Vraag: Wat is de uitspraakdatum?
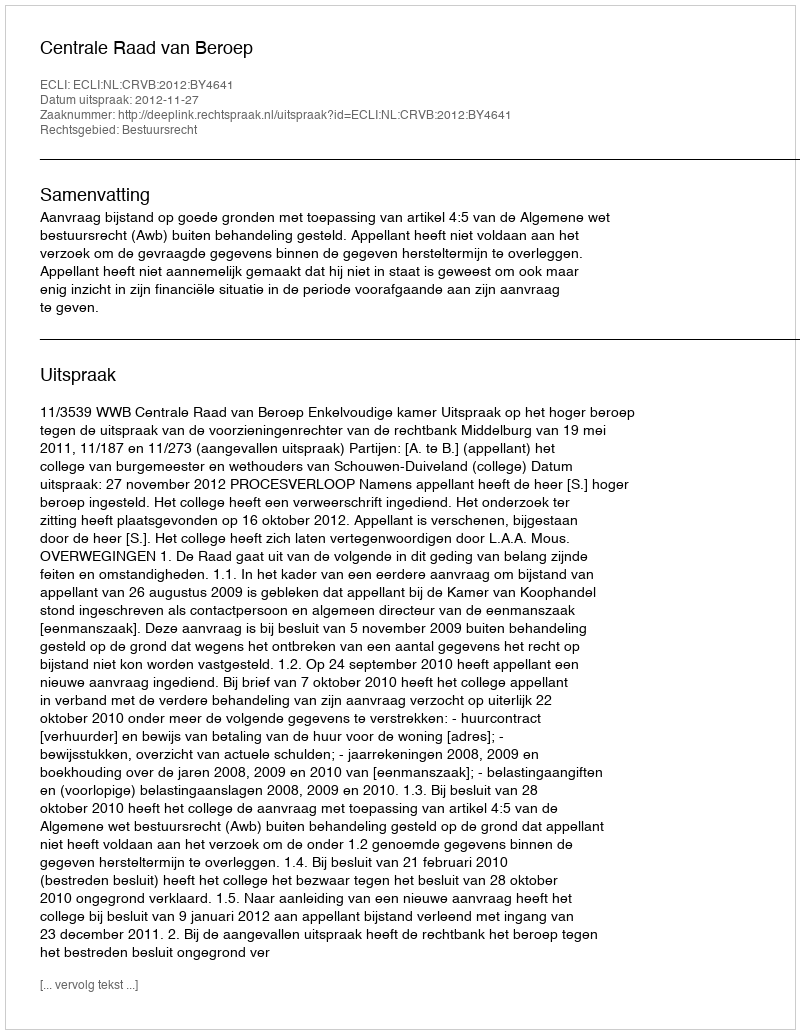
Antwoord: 2012-11-27